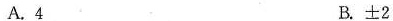
A.4 B.±2